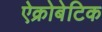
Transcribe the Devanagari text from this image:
ऐक्रोबेटिक